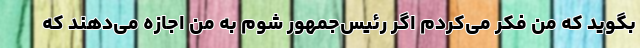
بگوید که من فکر می‌کردم اگر رئیس‌جمهور شوم به من اجازه می‌دهند که